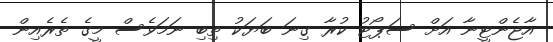
އާޖެންޓީނާ އަށް ސަޕޯޓު ކުރާ ގިނަ ބަޔަކު ތިބި ނަމަވެސް މީގެ ތެރެއިން